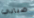
ضبابي